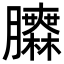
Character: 𦣌